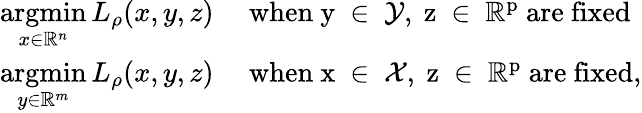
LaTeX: \begin{array}{rl}{\underset{x\in\mathbb{R}^{n}}{\mathrm{argmin}}\, L_{\rho}(x,y,z)}&{\mathrm{~when~y~\in~\mathcal{Y},~z~\in~\mathbb{R}^p~are~fixed}}\\ {\underset{y\in\mathbb{R}^{m}}{\mathrm{argmin}}\, L_{\rho}(x,y,z)}&{\mathrm{~when~x~\in~\mathcal{X},~z~\in~\mathbb{R}^{p}~are~fixed},}\end{array}